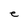
Character: e